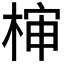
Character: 𰗵